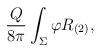
LaTeX: \begin{align*}\frac{Q}{8\pi}\int_{\Sigma}\varphi R_{(2)},\end{align*}